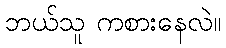
ဘယ်သူ ကစားနေလဲ။